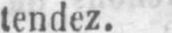
tendez.